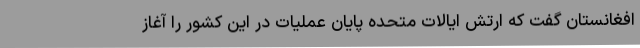
افغانستان گفت که ارتش ایالات متحده پایان عملیات در این کشور را آغاز